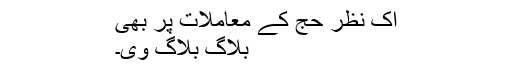
اک نظر حج کے معاملات پر بھی
بلاگ بلاگ وی۔